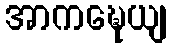
အာကဍ္ဎေယျ